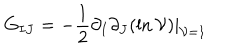
LaTeX: G _ { I J } = - { \frac { 1 } { 2 } } \partial _ { I } \partial _ { J } ( \ln { \cal V } ) | _ { { \cal V } = 1 }